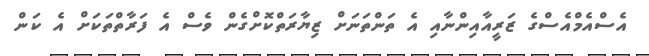
އެސްއެމްއެސްގެ ޒަރީއާއިންނާއި އެ ތަންތަނަށް ޒިޔާރަތްކޮށްގެން ވެސް އެ ފަރާތްތަކަށް އެ ކަން